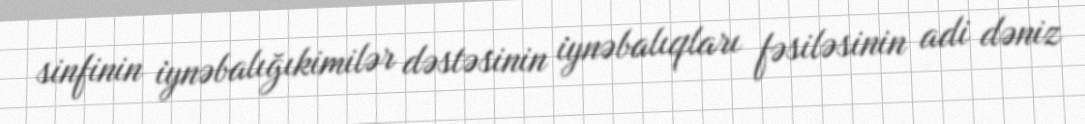
sinfinin i̇ynəbalığıkimilər dəstəsinin i̇ynəbalıqları fəsiləsinin adi dəniz